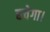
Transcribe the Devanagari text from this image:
बचेगा।